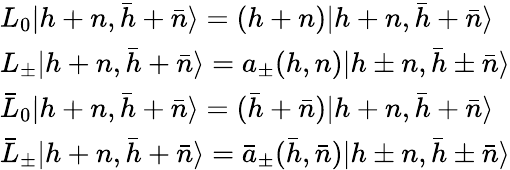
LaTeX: \begin{array}{lcr}{{{L_{0}}{\vert{{h+n},{\bar{h}+\bar{n}}}\rangle}=(h+n){\vert{{h+n},{\bar{h}+\bar{n}}}\rangle}}}\\ {{{L_{\pm}}{\vert{{h+n},{\bar{h}+\bar{n}}}\rangle}=a_{\pm}(h,n){\vert{{h\pm n},{\bar{h}\pm\bar{n}}}\rangle}}}\\ {{{{\bar{L}}_{0}}{\vert{{h+n},{\bar{h}+\bar{n}}}\rangle}=({\bar{h}}+{\bar{n}}){\vert{{h+n},{\bar{h}+\bar{n}}}\rangle}}}\\ {{{{\bar{L}}_{\pm}}{\vert{{h+n},{\bar{h}+\bar{n}}}\rangle}={{\bar{a}}_{\pm}}(\bar{h},\bar{n}){\vert{h\pm n},{\bar{h}\pm\bar{n}}\rangle}}}\end{array}